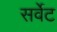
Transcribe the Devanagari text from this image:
सर्वेट